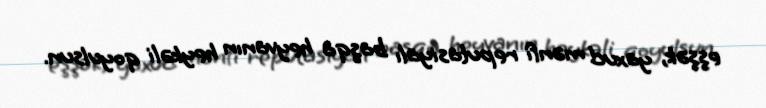
eşşək, yaxud mənfi reputasiyalı başqa heyvanın heykəli qoyulsun.